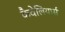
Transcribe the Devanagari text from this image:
कैवेलियार्स